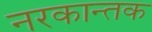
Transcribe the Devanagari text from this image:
नरकान्तक